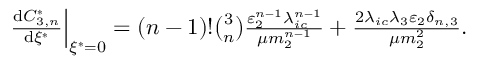
\begin{array} { r } { \left. { \frac { \operatorname { d } \! C _ { 3 , n } ^ { * } } { \operatorname { d } \! \xi ^ { * } } } \right| _ { \xi ^ { * } = 0 } = ( n - 1 ) ! { \binom { 3 } { n } } \frac { \varepsilon _ { 2 } ^ { n - 1 } \lambda _ { i c } ^ { n - 1 } } { \mu m _ { 2 } ^ { n - 1 } } + \frac { 2 \lambda _ { i c } \lambda _ { 3 } \varepsilon _ { 2 } \delta _ { n , 3 } } { \mu m _ { 2 } ^ { 2 } } . } \end{array}